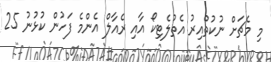
މި މެޗަށް ނުކުތްއިރު އެތުލެޓިކޯ އާއި ރެއާލް އެންމެ ފަހުން ކުޅުނު 25